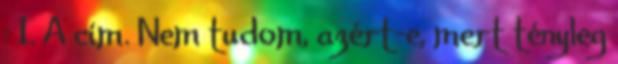
: 1. A cím. Nem tudom, azért-e, mert tényleg